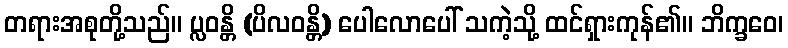
တရားအစုတို့သည်။ ပ္လဝန္တိ (ပိလဝန္တိ) ပေါလောပေါ် သကဲ့သို့ ထင်ရှားကုန်၏။ ဘိက္ခဝေ၊